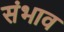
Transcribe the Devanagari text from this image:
संभाव